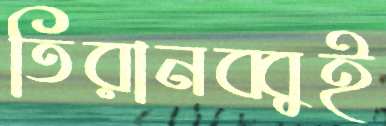
তিরানব্বুই